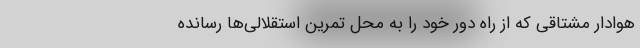
هوادار مشتاقی که از راه دور خود را به محل تمرین استقلالی‌ها رسانده